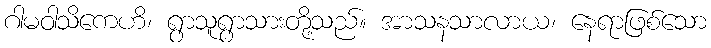
ဂါမဝါသိကေဟိ၊ ရွာသူရွာသားတို့သည်။ အာသနသာလာယ၊ နေရာဖြစ်သော